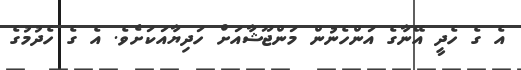
އެ ގެ ހެދީ އޭނާގެ އަންހެނުން މަންޖޫޝާއަށް ހަދިޔާއަކަށެވެ. އެ ގެ ހެދުމުގެ